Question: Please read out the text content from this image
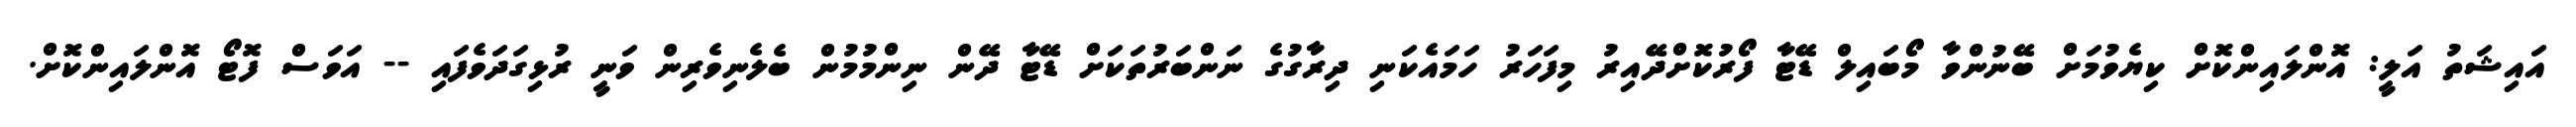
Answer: އައިޝަތު އަލީ: އޮންލައިންކޮށް ކިޔެވުމަށް ބޭނުންވާ މޯބައިލް ޑޭޓާ ފޯރުކޮށްދޭއިރު މިފަހަރު ހަމައެކަނި ދިރާގުގެ ނަންބަރުތަކަށް ޑޭޓާ ދޭން ނިންމުމުން ބެލެނިވެރިން ވަނީ ރުޅިގަދަވެފައި -- އަވަސް ފޮޓޯ އޮންލައިންކޮށް.